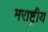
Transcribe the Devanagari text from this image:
मराष्ट्रीय